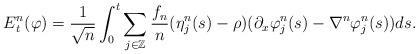
LaTeX: \begin{align*}E^n_t (\varphi) = \frac{1}{\sqrt{n}} \int_0^t \sum_{j\in \mathbb{Z}}\frac{f_n}{n} (\eta^n_j (s)-\rho) (\partial_x \varphi^n_j (s) - \nabla^n \varphi^n_j (s)) ds .\end{align*}